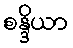
စန္ဒိယာ